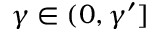
\gamma \in ( 0 , \gamma ^ { \prime } ]